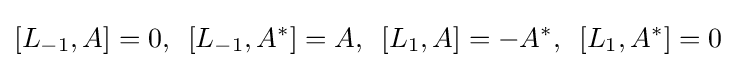
[L_{-1},A]=0,\,\,\,[L_{-1},A^{*}]=A,\,\,\,[L_{1},A]=-A^{*},\,\,\,[L_{1},A^{*}]=0